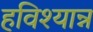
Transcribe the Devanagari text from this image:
हविश्यान्न